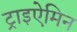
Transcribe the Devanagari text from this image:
ट्राइऐमिन